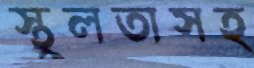
স্থূলতাসহ